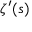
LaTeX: \zeta ^ { \prime } ( s )